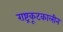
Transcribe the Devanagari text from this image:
राष्ट्रकूटकालीन